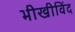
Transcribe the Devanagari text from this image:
भीखीविंद